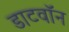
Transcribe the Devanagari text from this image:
डाटवॉन